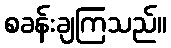
စခန်းချကြသည်။